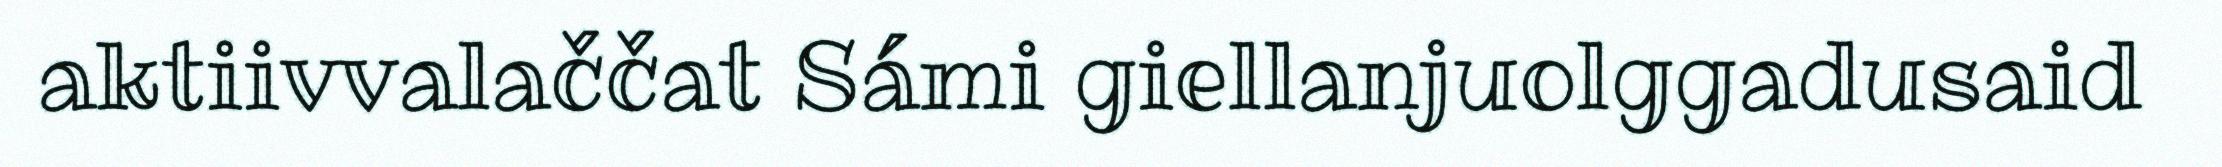
aktiivvalaččat Sámi giellanjuolggadusaid